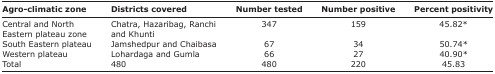
<table><thead><tr><td><b>Agro-climatic zone</b></td><td><b>Districts covered</b></td><td><b>Number tested</b></td><td><b>Number positive</b></td><td><b>Percent positivity</b></td></tr></thead><tbody><tr><td>Central and North Eastern plateau zone</td><td>Chatra, Hazaribag, Ranchi and Khunti</td><td>347</td><td>159</td><td>45.82*</td></tr><tr><td>South Eastern plateau</td><td>Jamshedpur and Chaibasa</td><td>67</td><td>34</td><td>50.74*</td></tr><tr><td>Western plateau</td><td>Lohardaga and Gumla</td><td>66</td><td>27</td><td>40.90*</td></tr><tr><td>Total</td><td>480</td><td>480</td><td>220</td><td>45.83</td></tr></tbody></table>